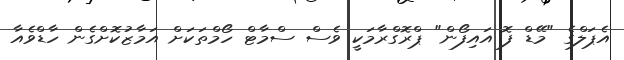
އެޕަލްގެ "މޭޑް ފޮ އައިފޯން" ޕްރޮގްރާމަކީ ވެސް ސްމާޓް ހޯމްތަކަށް އަމާޒުކޮށްގެން ހާޑްވެއާ